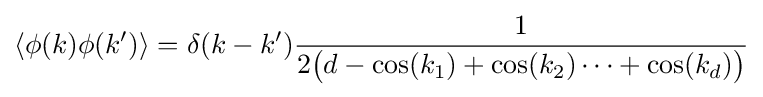
\left\langle \phi (k)\phi (k')\right\rangle =\delta (k-k'){\frac {1}{2{\big (}d-\cos(k_{1})+\cos(k_{2})\cdots +\cos(k_{d}){\big )}}}